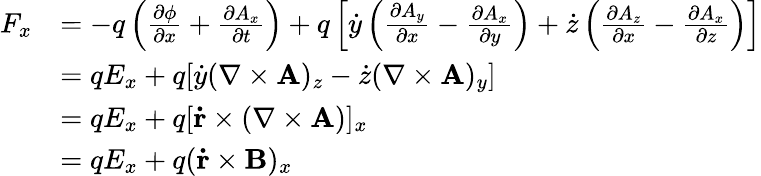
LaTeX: {\begin{array}{rl}{F_{x}}&{=-q\left({\frac{\partial\phi}{\partial x}}+{\frac{\partial A_{x}}{\partial t}}\right)+q\left[{\dot{y}}\left({\frac{\partial A_{y}}{\partial x}}-{\frac{\partial A_{x}}{\partial y}}\right)+{\dot{z}}\left({\frac{\partial A_{z}}{\partial x}}-{\frac{\partial A_{x}}{\partial z}}\right)\right]}\\ &{=qE_{x}+q[{\dot{y}}(\nabla\times\mathbf{A})_{z}-{\dot{z}}(\nabla\times\mathbf{A})_{y}]}\\ &{=qE_{x}+q[\mathbf{\dot{r}}\times(\nabla\times\mathbf{A})]_{x}}\\ &{=qE_{x}+q(\mathbf{\dot{r}}\times\mathbf{B})_{x}}\end{array}}